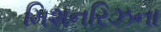
મિશનરિઝના